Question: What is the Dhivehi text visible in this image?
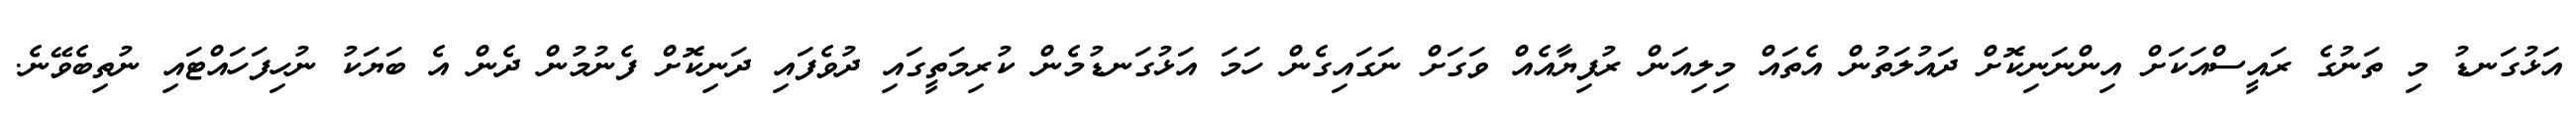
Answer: އަޅުގަނޑު މި ތަނުގެ ރައީސްއަކަށް އިންނަނިކޮށް ދައުލަތުން އެތައް މިލިއަން ރުފިޔާއެއް ވަގަށް ނަގައިގެން ހަމަ އަޅުގަނޑުމެން ކުރިމަތީގައި ދުވެފައި ދަނިކޮށް ފެނުމުން ދެން އެ ބަޔަކު ނުހިފަހައްޓައި ނުތިބެވޭނެ.